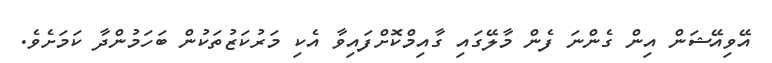
އޭވިއޭޝަން އިން ގެންނަ ފެން މާލޭގައި ގާއިމްކޮށްފައިވާ އެކި މަރުކަޒުތަކުން ބަހަމުންދާ ކަމަށެވެ.